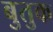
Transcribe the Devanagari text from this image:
बुतुक